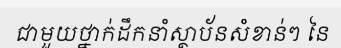
ជាមួយថ្នាក់ដឹកនាំស្ថាប័នសំខាន់ៗ នៃ